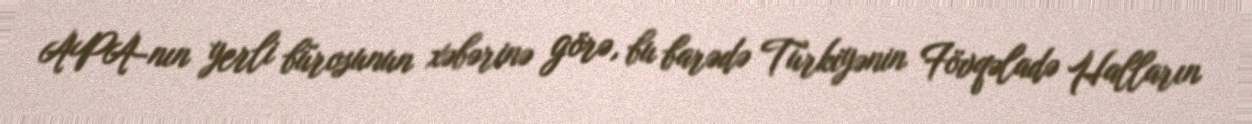
APA-nın yerli bürosunun xəbərinə görə, bu barədə Türkiyənin Fövqəladə Halların